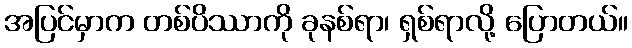
အပြင်မှာက တစ်ပိဿာကို ခုနစ်ရာ၊ ရှစ်ရာလို့ ပြောတယ်။